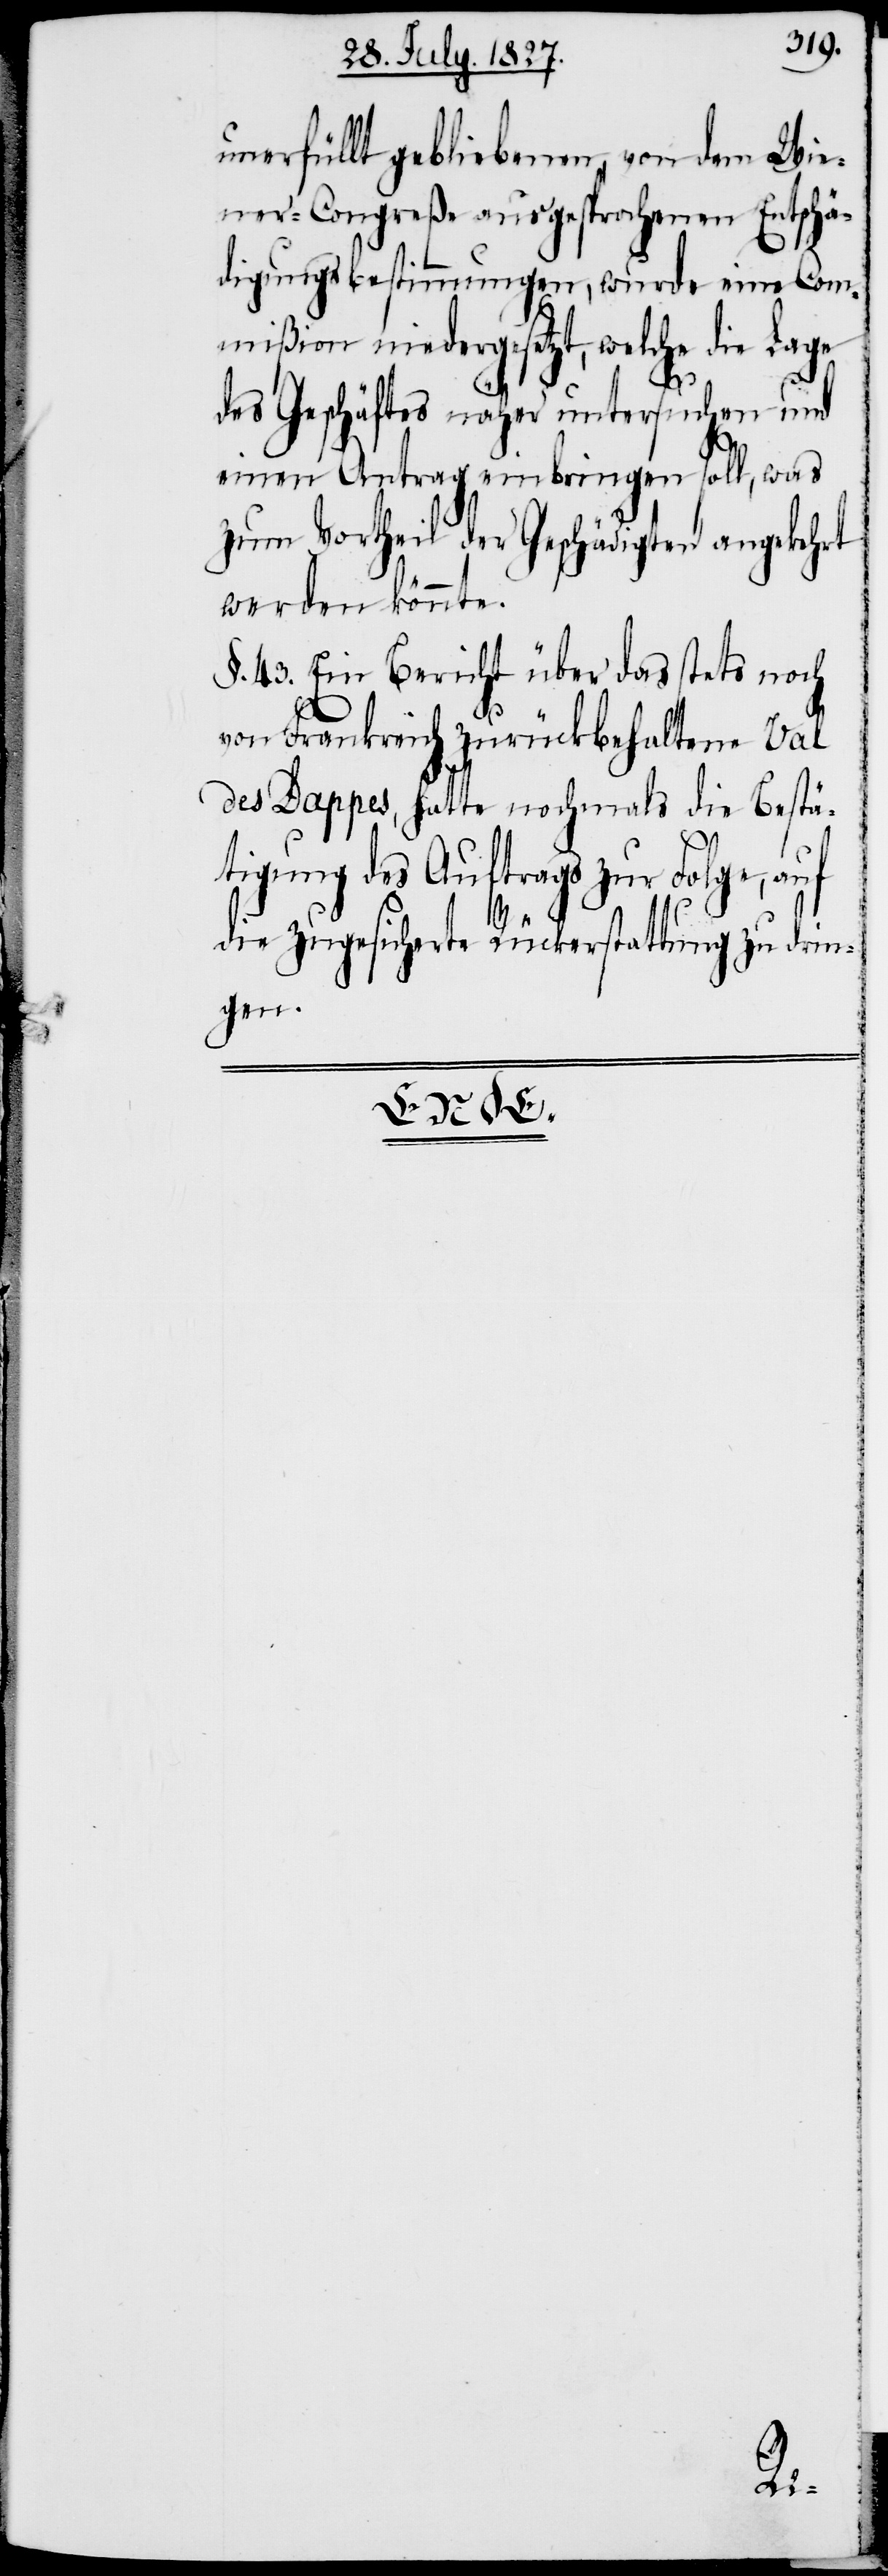
unerfüllt gebliebenen von dem Wie¬
ner-Congreße ausgesprochenen Entschä¬
digungsbestimmungen, wurde eine Com¬
mißion niedergesetzt, welche die Lage
des Geschäftes näher untersuchen und
einen Antrag einbringen soll, was
zum Vortheil der Geschädigten angekehrt
werden könnte.
§. 43. Ein Bericht über das stets noch
von Frankreich zurückbehaltene Val
des Dappes, hatte nochmals die Bestä¬
tigung des Auftrags zur Folge, auf
die zugesicherte Rückerstattung zu drin¬
gen.